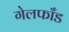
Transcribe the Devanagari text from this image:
गेलफाँड